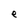
Character: e